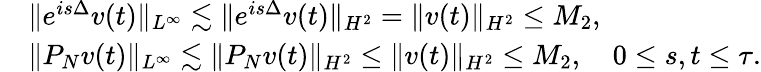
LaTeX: \begin{array}{rl}&{\| e^{is\Delta}v(t)\| _{L^{\infty}}\lesssim\| e^{is\Delta}v(t)\| _{H^{2}}=\| v(t)\| _{H^{2}}\leq M_{2},}\\ &{\| P_{N}v(t)\| _{L^{\infty}}\lesssim\| P_{N}v(t)\| _{H^{2}}\leq\| v(t)\| _{H^{2}}\leq M_{2},\quad 0\leq s,t\leq\tau.}\end{array}